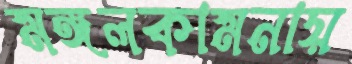
মঙ্গলকামনায়